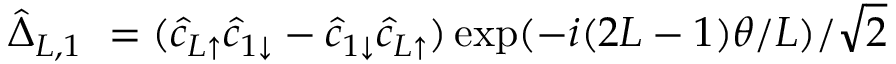
\hat { \Delta } _ { L , 1 } \ = ( \hat { c } _ { L \uparrow } \hat { c } _ { 1 \downarrow } - \hat { c } _ { 1 \downarrow } \hat { c } _ { L \uparrow } ) \exp ( - i ( 2 L - 1 ) \theta / L ) / \sqrt { 2 }